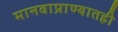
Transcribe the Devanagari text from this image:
मानवाप्राण्यातही